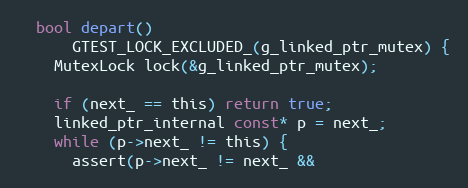
Language: C
  bool depart()
      GTEST_LOCK_EXCLUDED_(g_linked_ptr_mutex) {
    MutexLock lock(&g_linked_ptr_mutex);

    if (next_ == this) return true;
    linked_ptr_internal const* p = next_;
    while (p->next_ != this) {
      assert(p->next_ != next_ &&